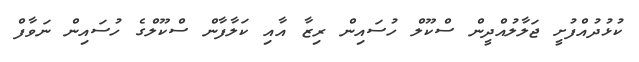
ކުޅުދުއްފުށީ ޖަލާލުއްދީން ސްކޫލް ހުސައިން ރިޒާ އާއި ކަލާފާން ސްކޫލްގެ ހުސައިން ނަވާފް